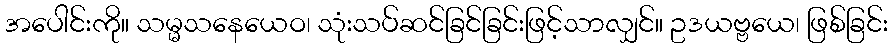
အပေါင်းကို။ သမ္မသနေယေဝ၊ သုံးသပ်ဆင်ခြင်ခြင်းဖြင့်သာလျှင်။ ဥဒယဗ္ဗယေ၊ ဖြစ်ခြင်း